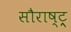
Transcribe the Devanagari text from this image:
सौराष्ट्र्